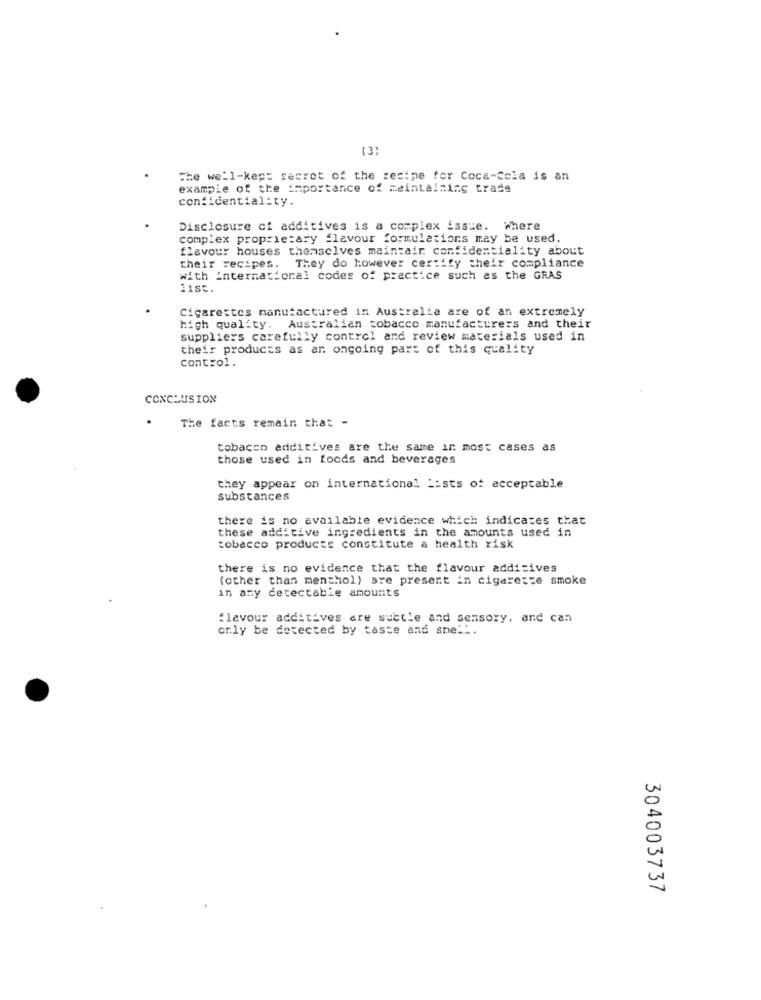
(3)
The well-kept secret of the recipe for Coca-cola is an
example of the importance of maintaining trade
confidentiality.
Disclosure ci additives is a complex issue. Where
complex proprietary flavour formulations may be used,
flavour houses themselves maintain confidentiality about
their recipes. They do however certity their compliance
with international codes of practice such as the GRAS
list.
Cigarettes manufactured in Australia are of an extremely
high quality. Australian tobacco manufacturers and their
suppliers carefully control and review materials used in
their products as an ongoing part of this quality
control.
CONCLUSION
The facts remain that -
tobacco additives are the same in most cases as
those used in foods and beverages
they appear on international =ists of acceptable
substances
there is no available evidence which indicates that
these additive ingredients in the amounts used in
tobacco products constitute a health risk
there is no evidence that the flavour additives
(other than menthol) are present in cigarette smoke
in ary detectable amounts
flavour additives are subtle and sensory, and can
orly be detected by taste and sme ...
304003737